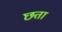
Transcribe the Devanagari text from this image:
छता